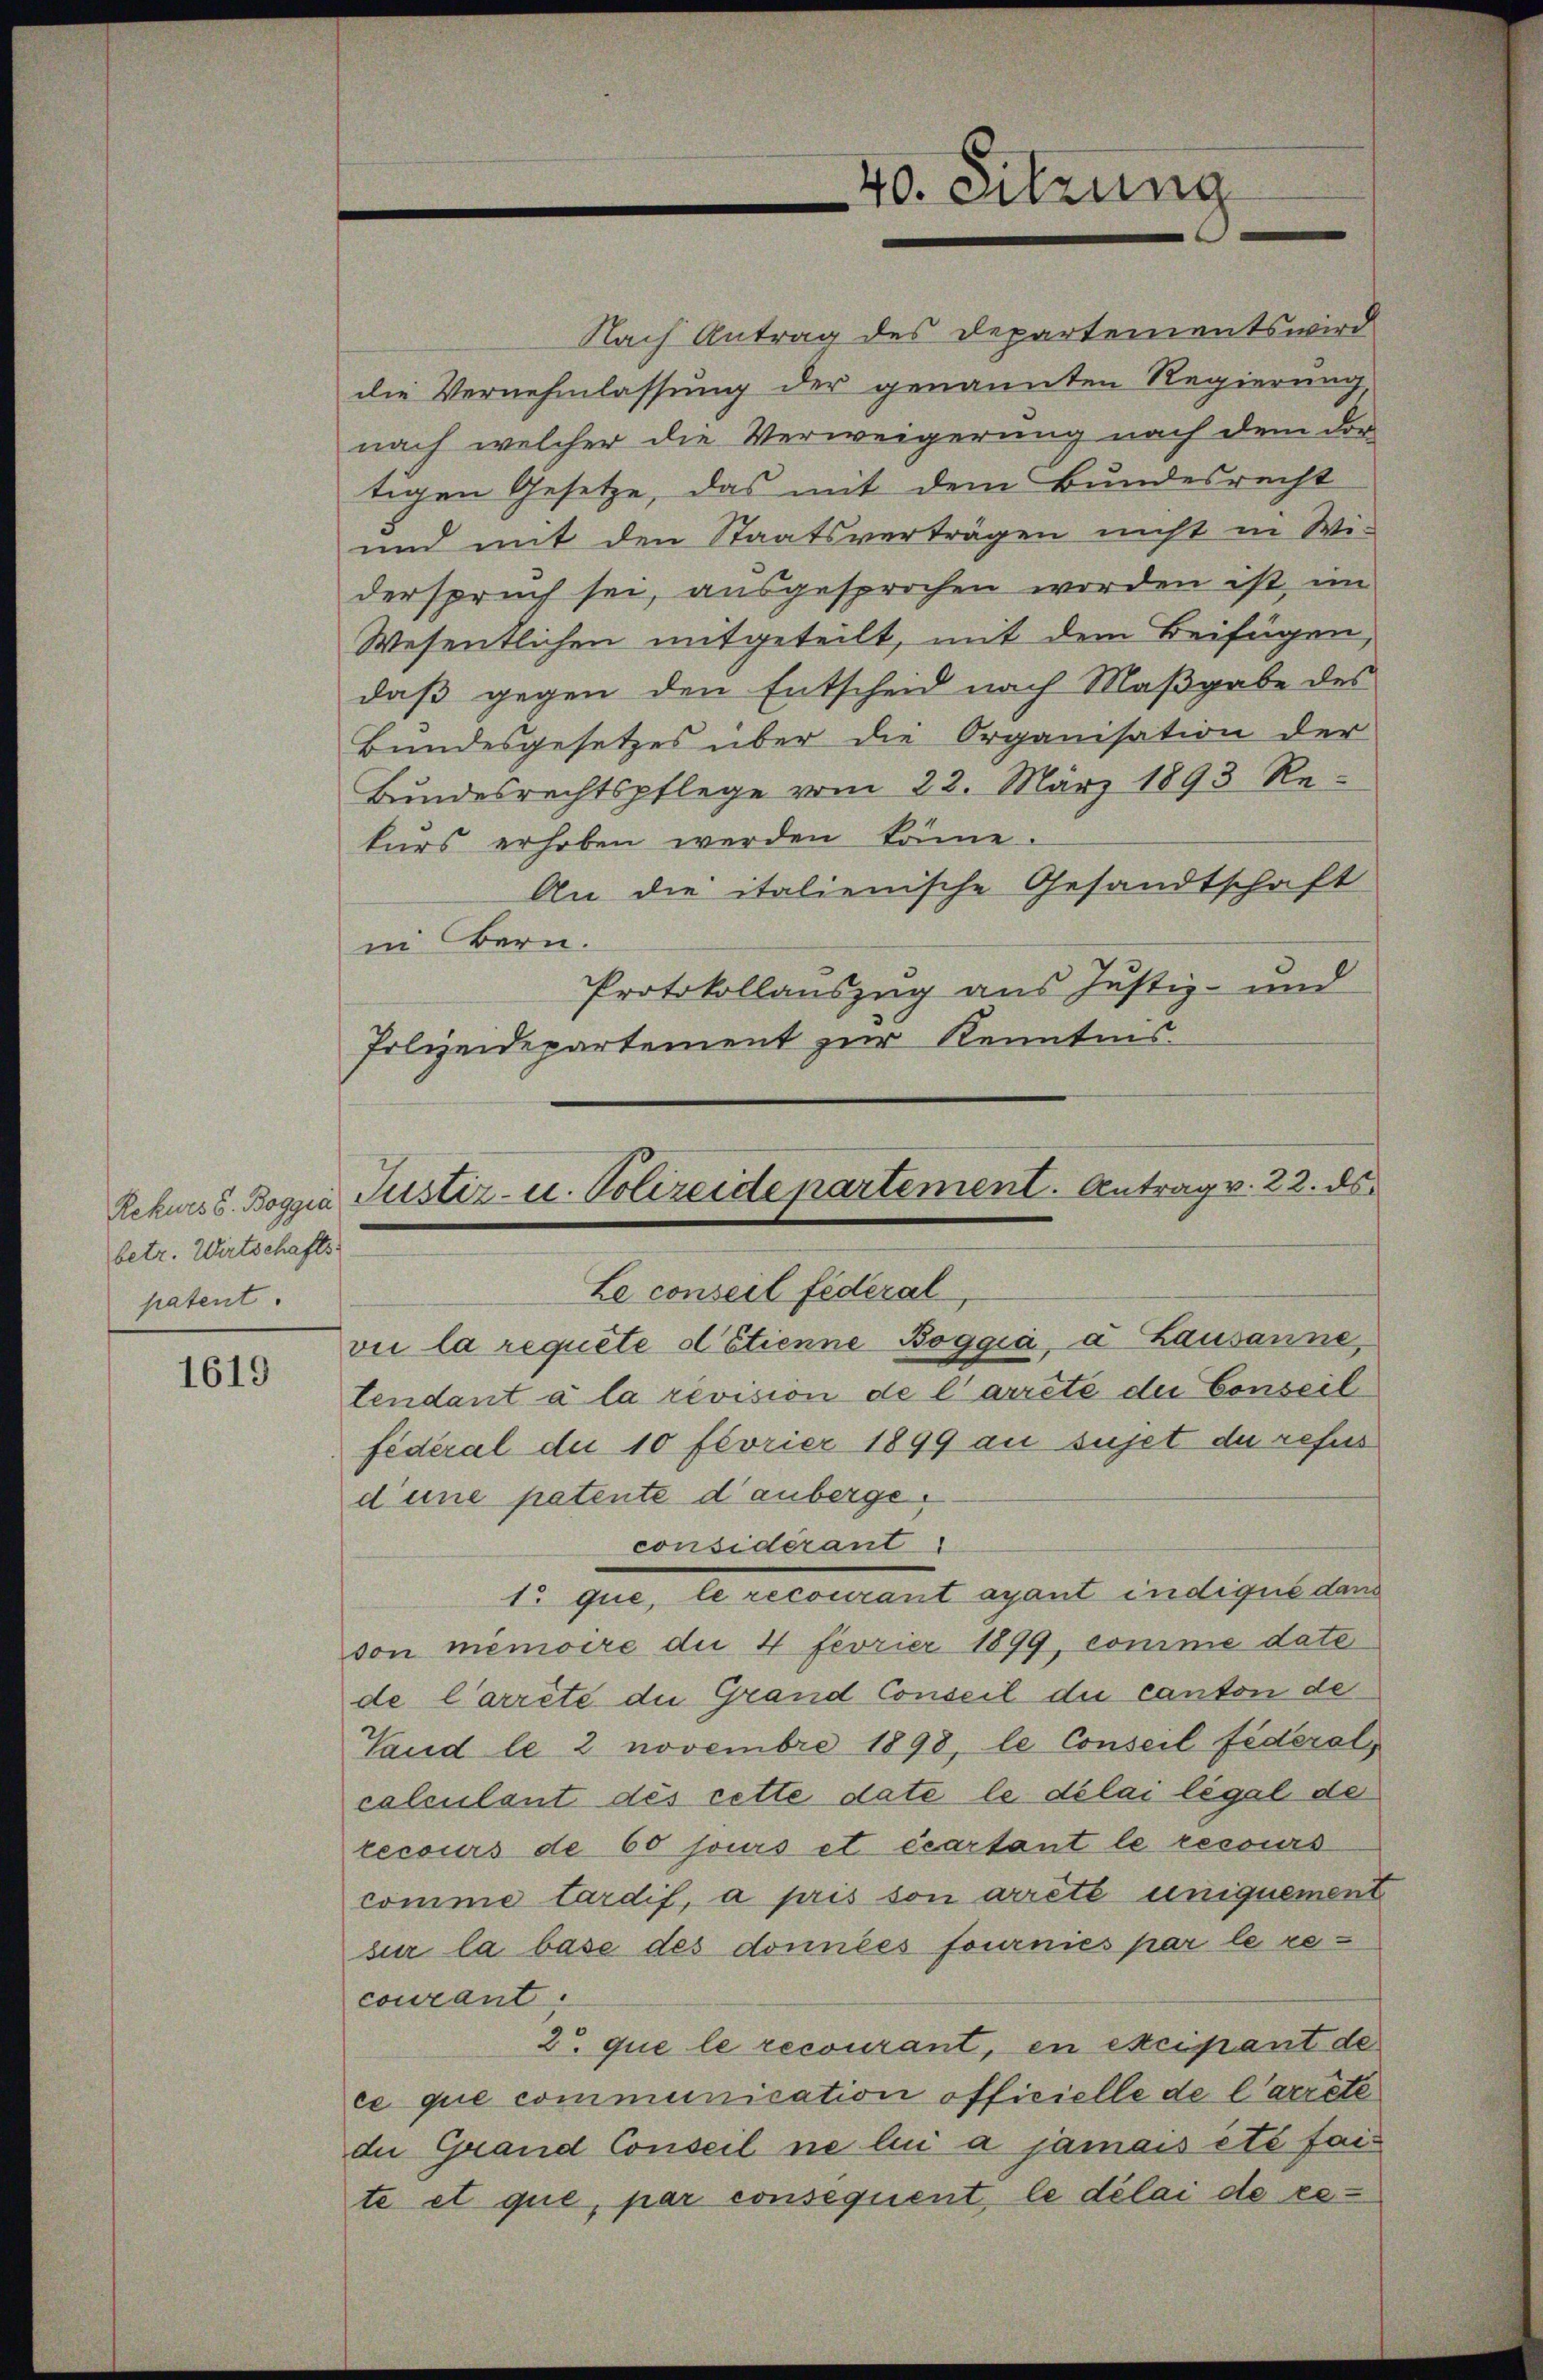
Rekurs S. Boggia
betr. Wirtschafts-
patent.

1619

Nach Antrag des Departements wird
die Vernehmlassung der genannten Regierung
nach welcher die Verweigerung nach dem dor
tigen Gesetze, das mit dem Bundesrecht
und mit den Staatsverträgen nicht in Wi-
derspruch sei, ausgesprochen worden ist, im
Wesentlichen mitgeteilt, mit dem Beifügen,
daß gegen den Entscheid nach Maßgabe des
Bundesgesetzes über die Organisation der
Bundesrechtspflege vom 22. März 1893 Rekurs erhoben werden könne.
An die italienische Gesandtschaft
in Bern.
Protokollauszug aus Justiz- und
Polizeidepartement zur Kenntnis

40. erkung

Justiz- u. Polizeide partement. Antrag v. 22. ds.
Le conseil fédéral
vie la requête détienne Boggia, a Lausanne,

tendant à la revision de l’arrete der Conseil
federal du 10 fevrier 1899 an sujet du refus
d eine patente danbergeconsidérant
1t que, le recourant ayant indique dans
von memoire die 4 Fevrier 1899, comme date
de Carrête die Grand Conseil die canton de
Vand le 2 novembre 1898, le Conseil fédéral,
calculant dès cette date le délai légal de
recours de 60 jours et écartant le recours
comme tardif, a pris son arreté uniquement
sur la base des données fournies par le recourant.
2 que le recourant, en excipant de
ce que communication officielle de l’arrête
die Grand Conseil ne lui a jamais été faite et que, par consequent, le délai de re¬